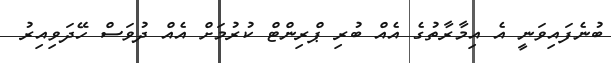
ބުނެފައިވަނީ އެ އިމާރާތުގެ އެއް ބުރި ޕްރިންޓް ކުރުމަށް އެއް ދުވަސް ހޭދަވިއިރު